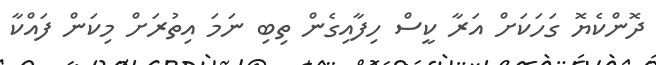
ދޮންކެޔޮ ގަހަކަށް އަރާ ކީސް ހިފާއިގެން ތިބި ނަމަ އިތުރަށް މިކަން ފައްކާ